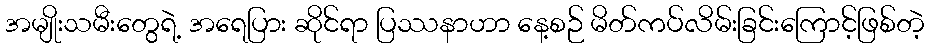
အမျိုးသမီးတွေရဲ့ အရေပြား ဆိုင်ရာ ပြဿနာဟာ နေ့စဉ် မိတ်ကပ်လိမ်းခြင်းကြောင့်ဖြစ်တဲ့